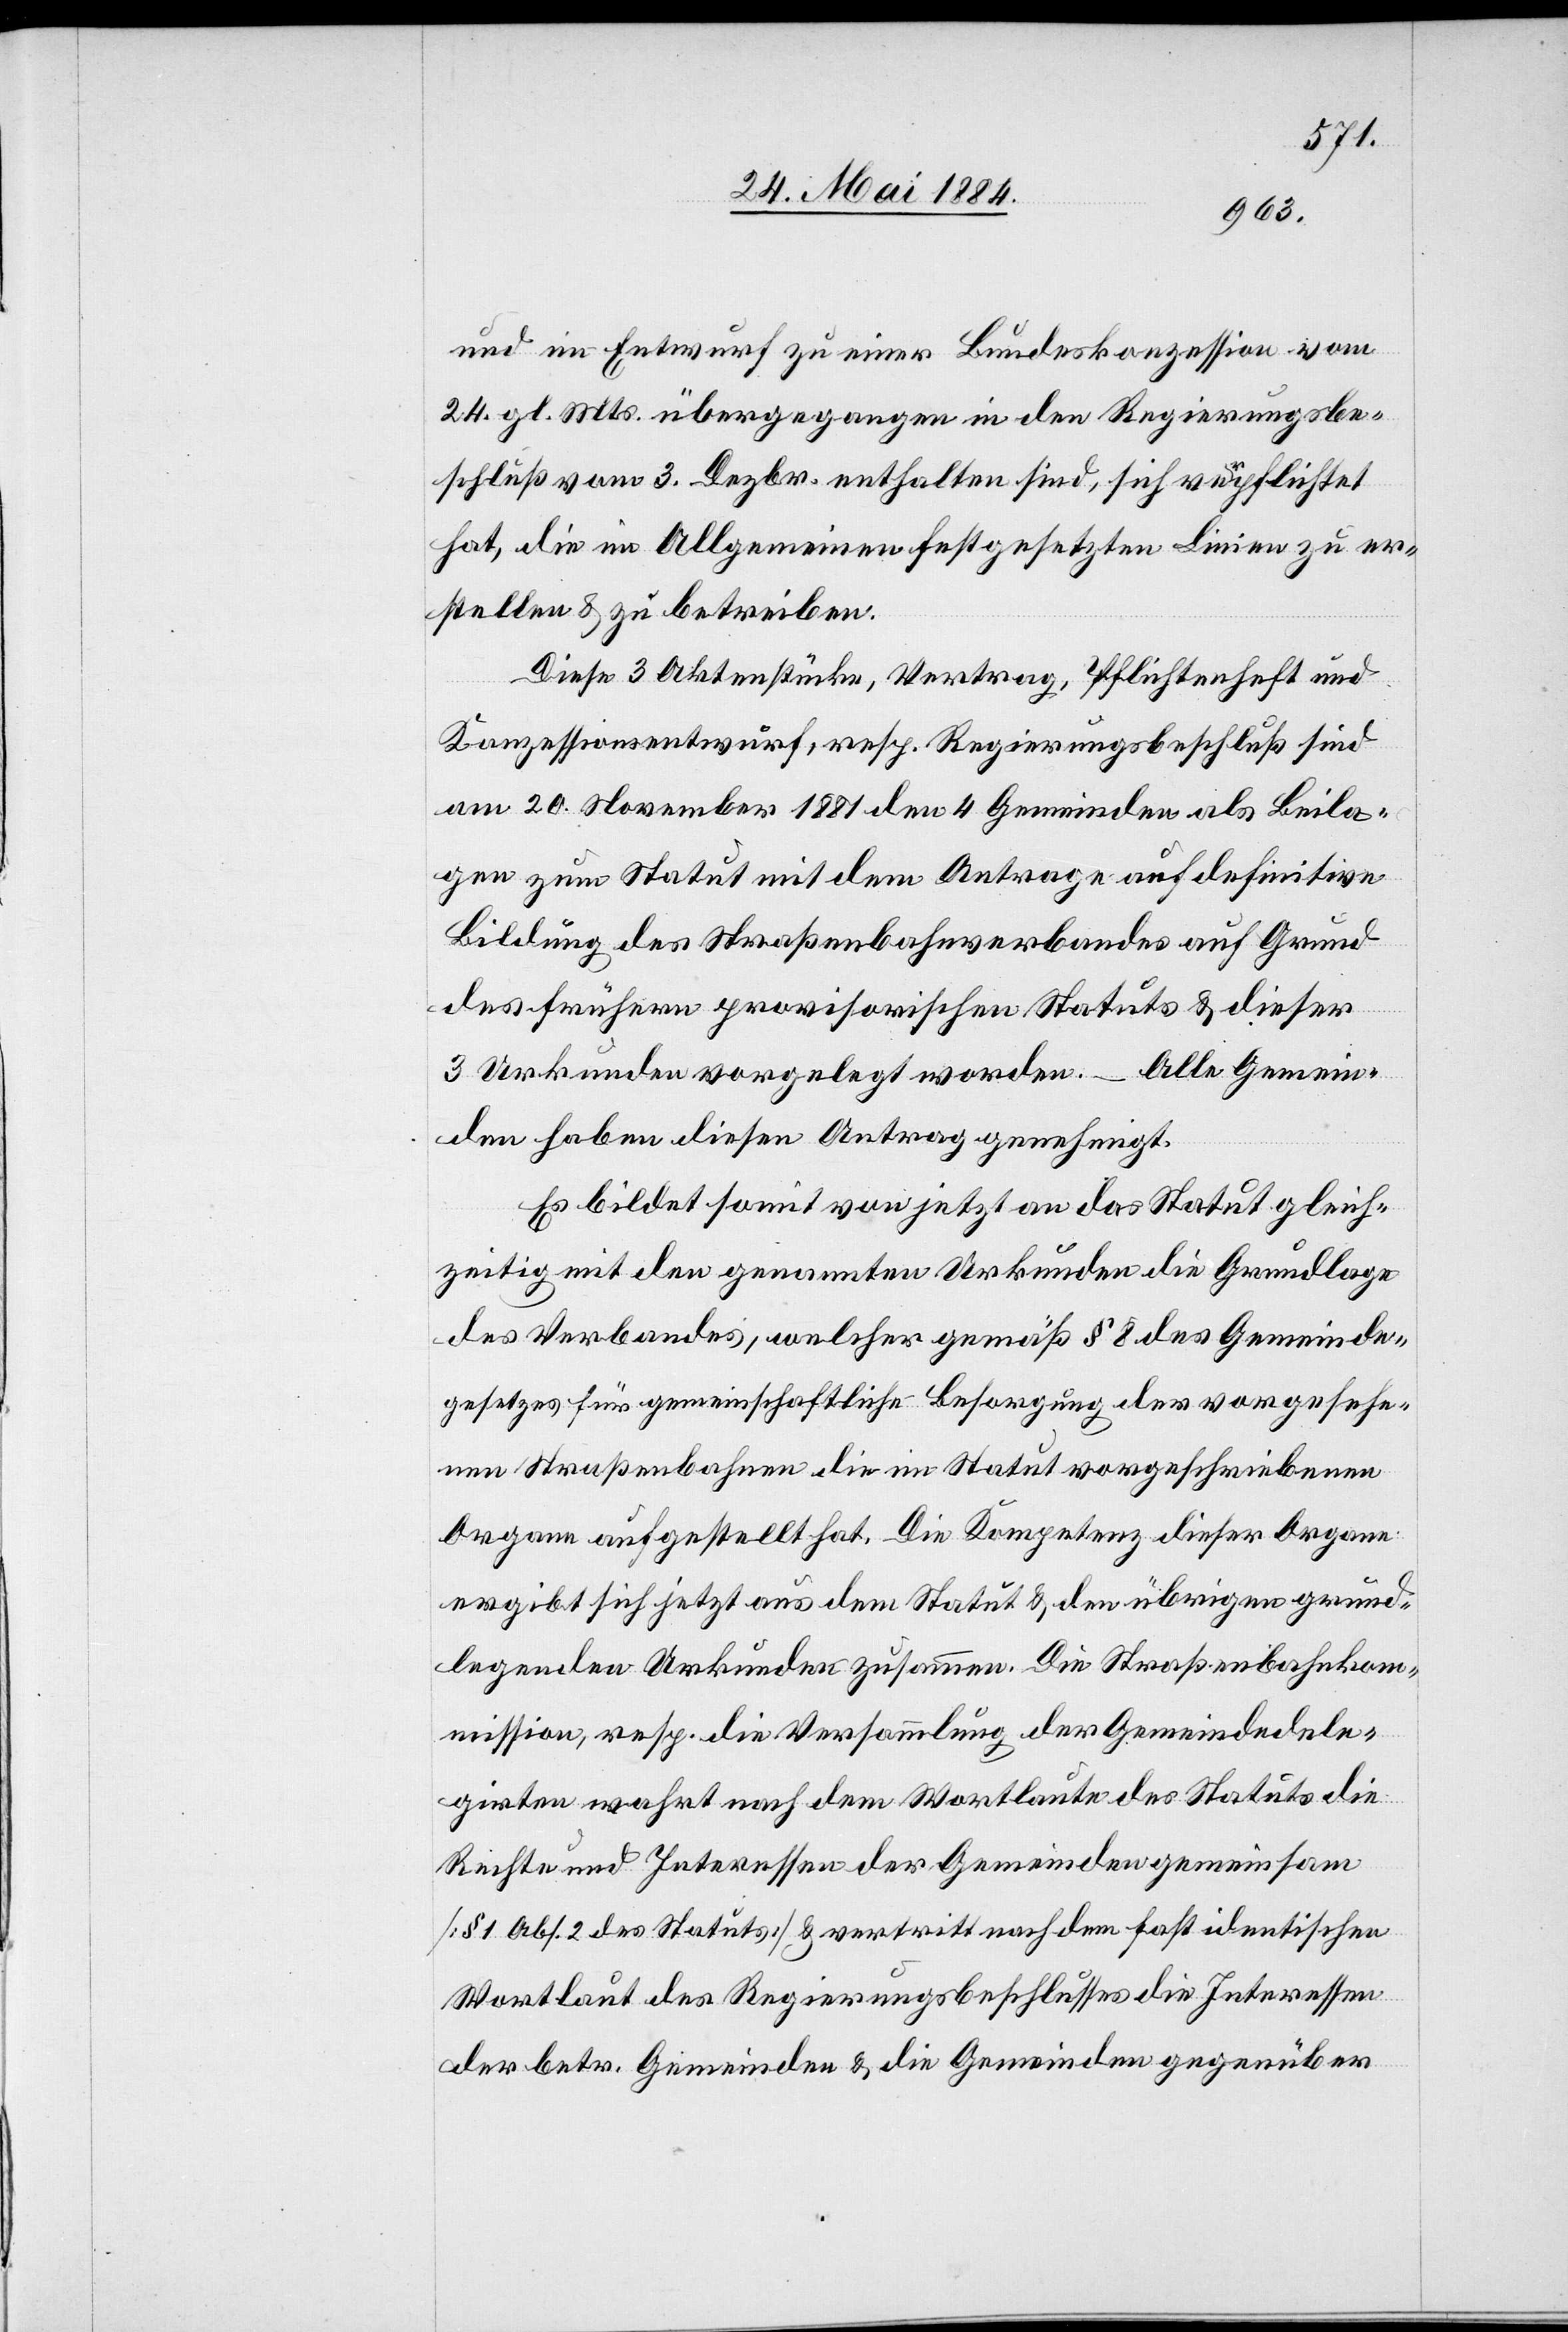
und im Entwurf zu einer Bundeskonzession vom
24. gl. Mts. übergegangen in den Regierungsbe¬
schluß vom 3. Dezbr. enthalten sind, sich verpflichtet
hat, die im Allgemeinen festgesetzten Linien zu er¬
stellen & zu betreiben.
Diese 3 Aktenstücke, Vertrag, Pflichtenheft und
Konzessionsentwurf, resp. Regierungsbeschluß sind
am 20. November 1881 den 4 Gemeinden als Beila¬
gen zum Statut mit dem Antrage auf definitive
Bildung des Straßenbahnverbandes auf Grund
des frühern provisorischen Statuts & dieser
3 Urkunden vorgelegt worden. Alle Gemein¬
den haben diesen Antrag genehmigt.
Es bildet somit von jetzt an das Statut gleich¬
zeitig mit den genannten Urkunden die Grundlage
des Verbandes, welcher gemäß § 8 des Gemeinde¬
gesetzes für gemeinschaftliche Besorgung der vorgesehe¬
nen Straßenbahnen die im Statut vorgeschriebenen
Organe aufgestellt hat. Die Kompetenz dieser Organe
ergibt sich jetzt aus dem Statut & den übrigen grund¬
legenden Urkunden zusammen. Die Straßenbahnkom¬
mission, resp. die Versammlung der Gemeindele¬
girten wahrt nach dem Wortlaute des Statuts die
Rechte und Interessen der Gemeinden gemeinsam
[§ 1 Abs. 2 des Statuts] & vertritt nach dem fast identischen
Wortlaut des Regierungsbeschlusses die Interessen
der betr. Gemeinden & die Gemeinden gegenüber